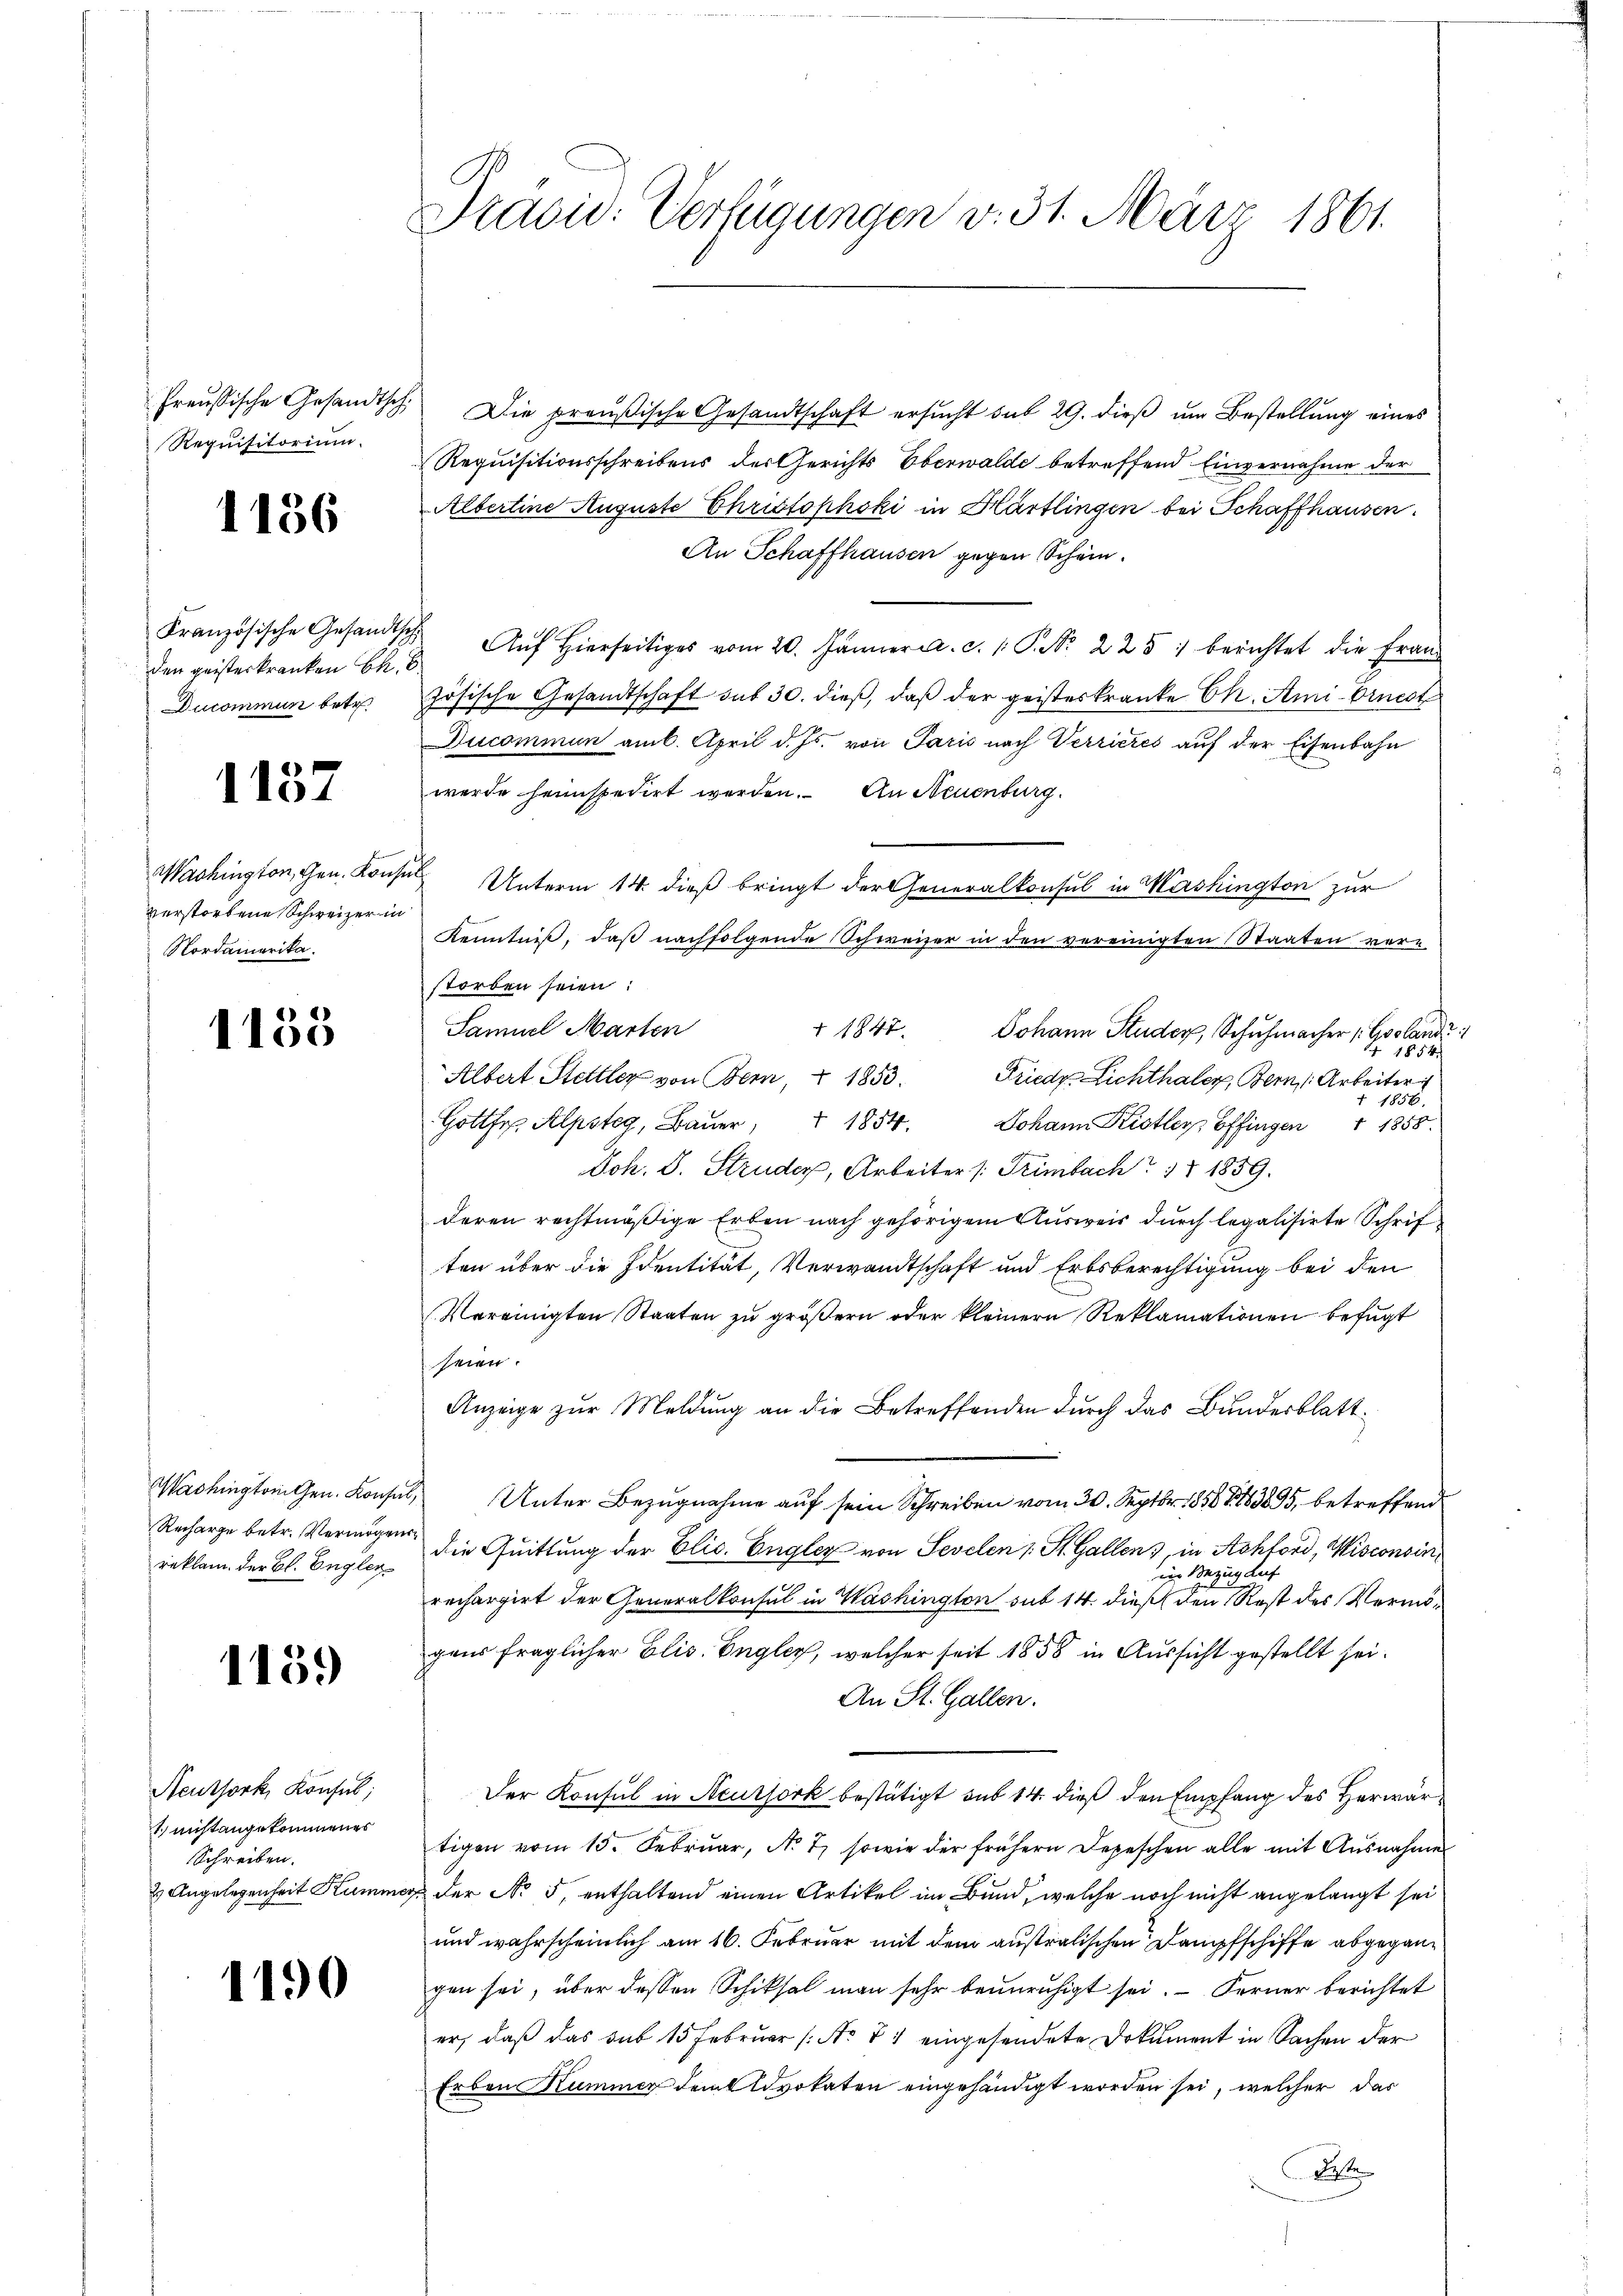
Preußische Gesandtsch
Requisitorium.

1136

Französische Gesandts
den geisterkranken be
Ducommun betr.

157

Washington, Gen. Konverstorbene Schweizer in
Nordamerika.

1135

Washington Gen. Konsul,
Recharge betr. Vermögensreklam. der Bl. Engler

1159

Neuthork, Konfes;
1 nicht angekommenes
Schreiben.
2 Angelegenheit Kumm

1190

Pravid. Verfügungen v. 31. März 1861.

Die preußische Gesandtschaft ersucht sub 29. dieß um Bestellung eines
Requisitionsschreibens der Gerichts Oberwalde betreffend Einvernahme der
Albertine Auguste Christophoki in Hartlingen bei Schaffhausen.
An Schaffhausen gegen Schein.
Auf Hierseitiges vom 20. Jänner a. c. 1. P. Nr. 225 berichtet die Fran
zösische Gesandtschaft sub 30. dieß, daß der geisteskranke OR. Ann-Ernest
Ducommun am 6. April d. Js. von Paris nach Verrieres auf der Eisenbahn
werde heimspedirt werden. An Neuenburg
 Unterm 14. dieß bringt der Generalkonsul in Washington zur
Kenntniß, daß nachfolgende Schweizer in den vereinigten Staaten vorstorben seien:
Samuel Marten
 1847. Johann Studer, Schuhmacher Gosland:
1854.
Albert Stettler von Bern, § 1853. Friedr. Lichthaler, Bern, Arbeiter
1856.
Gottfr. Alpsteg, Baŭer, 1854. Johann Kistler Offingen 1 1858.
Joh. S. Struder, Arbeiter /: Trimbach 17 1859.
deren rechtmäßige Erben nach gehörigem Ausweis durch legalisirte Schrif
ten über die Identität, Verwandtschaft und Erbsberechtigung bei den
Vereinigten Staaten zu größern oder kleinern Reklamationen befugt
seien.
Anzeige zur Meldung an die Betreffenden durch das Bundesblatt¬
 Unter Bezugnahme auf sein Schreiben vom 30. Septbr. 1856 § 163895, betreffend
die Quittung der Elic. Engler von Sevelen 1 St. Gallen), in Achford, Wisconsin
in Bezug auf
rechargirt der Generalkonsul in Washington sub 14. dieß den Rost des Vermögens fraglicher Elis. Engley, welcher seit 1858 in Aussicht gestellt sei.
An St. Gallen.
Der Konsul in Aeussork bestätigt sub 14. dieß den Empfang des Herwartigen vom 15. Februar, No 7 sowie der frühern Depeschen alle mit Ausnahme
der No 5, enthaltend einen Artikel im Bund, welche noch nicht angelangt sei
und wahrscheinlich am 16. Februar mit dem australischen Dampfschiffe abgegangen sei, über dessen Schiksal man sehr beunruhigt sei. Ferner berichtet
er, daß das sub 15 Februar (: No V 1 eingesendete Dokument in Sachen der
Erben Kummer dem Advokaten eingehändigt worden sei, welcher das
Pete